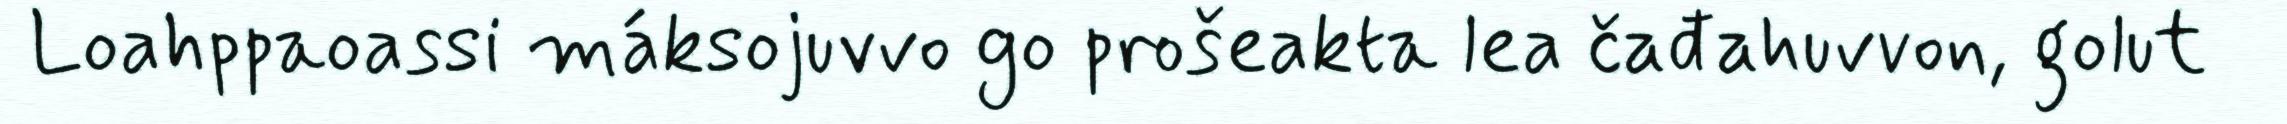
Loahppaoassi máksojuvvo go prošeakta lea čađahuvvon, golut